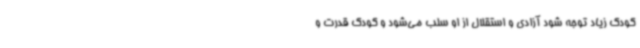
کودک زیاد توجه شود آزادی و استقلال از او سلب می‌شود و کودک قدرت و